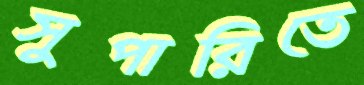
সুপারিতে